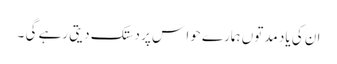
ان کی یاد مدتوں ہمارے حوا س پر دستک دیتی رہے گی ۔